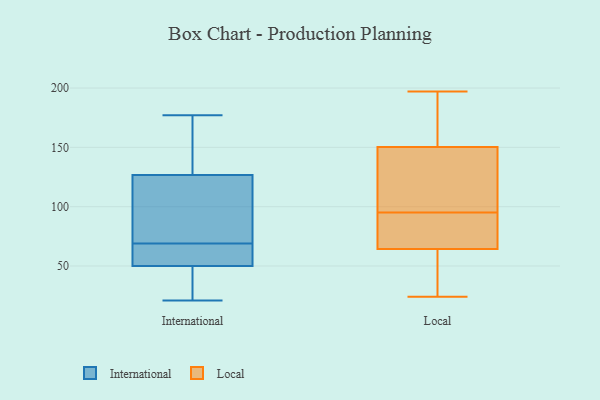
{"axis": {"x": "Operating Costs (USD K)", "y": "Value"}, "legend": ["International", "Local"], "data": [{"x": "", "y": 59, "type": "International"}, {"x": "", "y": 132, "type": "International"}, {"x": "", "y": 177, "type": "International"}, {"x": "", "y": 99, "type": "International"}, {"x": "", "y": 111, "type": "International"}, {"x": "", "y": 40, "type": "International"}, {"x": "", "y": 21, "type": "International"}, {"x": "", "y": 69, "type": "International"}, {"x": "", "y": 67, "type": "International"}, {"x": "", "y": 47, "type": "International"}, {"x": "", "y": 147, "type": "International"}, {"x": "", "y": 80, "type": "Local"}, {"x": "", "y": 157, "type": "Local"}, {"x": "", "y": 24, "type": "Local"}, {"x": "", "y": 33, "type": "Local"}, {"x": "", "y": 98, "type": "Local"}, {"x": "", "y": 130, "type": "Local"}, {"x": "", "y": 71, "type": "Local"}, {"x": "", "y": 183, "type": "Local"}, {"x": "", "y": 95, "type": "Local"}, {"x": "", "y": 172, "type": "Local"}, {"x": "", "y": 62, "type": "Local"}, {"x": "", "y": 197, "type": "Local"}, {"x": "", "y": 115, "type": "Local"}, {"x": "", "y": 55, "type": "Local"}, {"x": "", "y": 88, "type": "Local"}]}